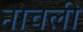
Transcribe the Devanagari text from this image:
नाचली